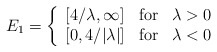
\begin{align*}E_1 = \left\{ \begin{array}{l l l}\left[ 4/\lambda,\infty\right] & \mbox{for} & \lambda > 0\\\left[ 0, 4/|\lambda| \right] & \mbox{for} & \lambda < 0\end{array} \right.\end{align*}